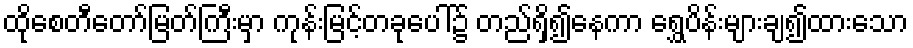
ထိုစေတီတော်မြတ်ကြီးမှာ ကုန်းမြင့်တခုပေါ်၌ တည်ရှိ၍နေကာ ရွှေပိန်းများချ၍ထားသော